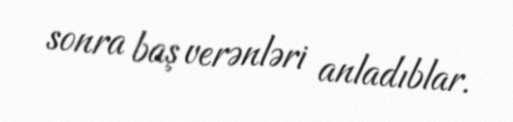
sonra baş verənləri anladıblar.